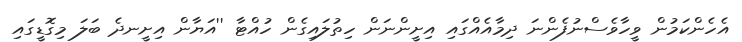
އެހެންކަމުން ވީހާވެސްނުފެންނަ ދިމާއެއްގައި އިށީންނަން ހިތުލައިގެން ހުއްޓާ ''އަޔާން އިށީނދެ ބަލަ މިގޮޑީގައި